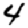
Digit: 4